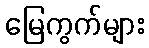
မြေကွက်များ